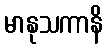
မာနုသကာနိ